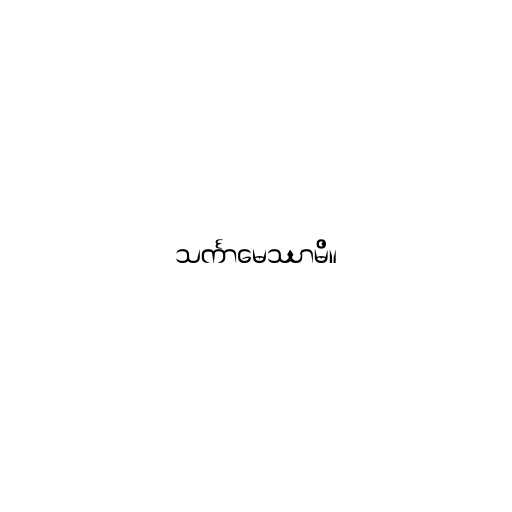
သင်္ကာမေဿာမိ။